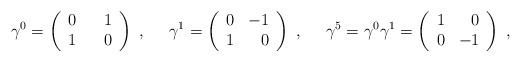
\begin{align*}\gamma^0=\left(\begin{array}{lr}0 & \hspace*{2ex}1 \\ 1 & 0 \end{array}\right)\; , \;\;\;\;\; \gamma^1=\left(\begin{array}{lr} 0 & -1 \\ 1 & 0 \end{array}\right)\; , \;\;\;\;\; \gamma^5=\gamma^0\gamma^1=\left( \begin{array}{lr} 1 & 0 \\ 0 & -1 \end{array}\right) \; ,\end{align*}